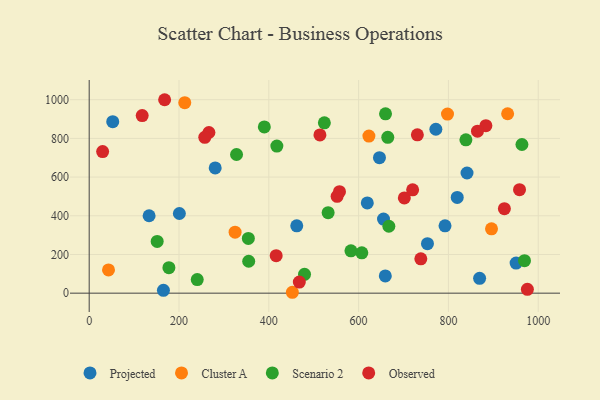
{"axis": {"x": "Distance", "y": "Sales"}, "legend": ["Cluster A", "Observed", "Projected", "Scenario 2"], "data": [{"x": "200.8", "y": 411.7, "type": "Projected"}, {"x": "772.0", "y": 847.3, "type": "Projected"}, {"x": "659.4", "y": 89.1, "type": "Projected"}, {"x": "792.4", "y": 348.0, "type": "Projected"}, {"x": "869.4", "y": 76.7, "type": "Projected"}, {"x": "619.3", "y": 466.3, "type": "Projected"}, {"x": "819.6", "y": 495.0, "type": "Projected"}, {"x": "133.4", "y": 400.1, "type": "Projected"}, {"x": "753.3", "y": 255.7, "type": "Projected"}, {"x": "655.4", "y": 382.9, "type": "Projected"}, {"x": "52.4", "y": 886.3, "type": "Projected"}, {"x": "165.3", "y": 14.9, "type": "Projected"}, {"x": "646.4", "y": 700.1, "type": "Projected"}, {"x": "280.6", "y": 647.6, "type": "Projected"}, {"x": "950.7", "y": 155.6, "type": "Projected"}, {"x": "462.2", "y": 348.0, "type": "Projected"}, {"x": "841.4", "y": 621.2, "type": "Projected"}, {"x": "324.9", "y": 315.1, "type": "Cluster A"}, {"x": "622.9", "y": 812.2, "type": "Cluster A"}, {"x": "43.0", "y": 120.2, "type": "Cluster A"}, {"x": "931.8", "y": 927.5, "type": "Cluster A"}, {"x": "797.9", "y": 925.5, "type": "Cluster A"}, {"x": "452.4", "y": 4.6, "type": "Cluster A"}, {"x": "212.8", "y": 984.8, "type": "Cluster A"}, {"x": "895.9", "y": 332.8, "type": "Cluster A"}, {"x": "532.1", "y": 416.3, "type": "Scenario 2"}, {"x": "328.1", "y": 716.8, "type": "Scenario 2"}, {"x": "667.3", "y": 345.9, "type": "Scenario 2"}, {"x": "963.7", "y": 768.4, "type": "Scenario 2"}, {"x": "523.7", "y": 880.7, "type": "Scenario 2"}, {"x": "240.6", "y": 70.2, "type": "Scenario 2"}, {"x": "177.5", "y": 131.8, "type": "Scenario 2"}, {"x": "355.2", "y": 165.0, "type": "Scenario 2"}, {"x": "969.4", "y": 168.1, "type": "Scenario 2"}, {"x": "664.9", "y": 805.5, "type": "Scenario 2"}, {"x": "390.0", "y": 859.3, "type": "Scenario 2"}, {"x": "582.9", "y": 219.1, "type": "Scenario 2"}, {"x": "479.5", "y": 97.4, "type": "Scenario 2"}, {"x": "659.9", "y": 927.2, "type": "Scenario 2"}, {"x": "417.9", "y": 760.3, "type": "Scenario 2"}, {"x": "838.9", "y": 792.4, "type": "Scenario 2"}, {"x": "151.4", "y": 267.6, "type": "Scenario 2"}, {"x": "354.4", "y": 283.1, "type": "Scenario 2"}, {"x": "607.1", "y": 208.7, "type": "Scenario 2"}, {"x": "168.0", "y": 999.9, "type": "Observed"}, {"x": "557.4", "y": 524.7, "type": "Observed"}, {"x": "266.6", "y": 830.5, "type": "Observed"}, {"x": "924.6", "y": 436.7, "type": "Observed"}, {"x": "416.4", "y": 193.6, "type": "Observed"}, {"x": "29.9", "y": 732.1, "type": "Observed"}, {"x": "883.4", "y": 865.6, "type": "Observed"}, {"x": "738.5", "y": 177.3, "type": "Observed"}, {"x": "257.4", "y": 805.4, "type": "Observed"}, {"x": "864.7", "y": 837.5, "type": "Observed"}, {"x": "701.8", "y": 492.1, "type": "Observed"}, {"x": "552.1", "y": 500.8, "type": "Observed"}, {"x": "720.3", "y": 534.2, "type": "Observed"}, {"x": "513.8", "y": 818.0, "type": "Observed"}, {"x": "467.9", "y": 57.4, "type": "Observed"}, {"x": "975.8", "y": 19.8, "type": "Observed"}, {"x": "118.0", "y": 917.9, "type": "Observed"}, {"x": "730.8", "y": 818.3, "type": "Observed"}, {"x": "958.3", "y": 534.9, "type": "Observed"}]}